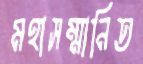
মহাসম্মানিত